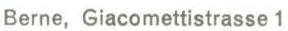
Berne, Giacomettistrasse 1